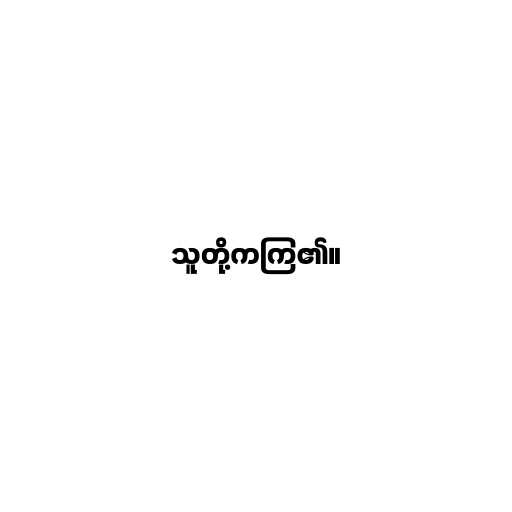
သူတို့ကကြ၏။